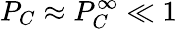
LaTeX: P_{C}\approx P_{C}^{\infty}\ll 1